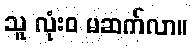
သူ လုံးဝ မဆက်လာ။